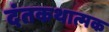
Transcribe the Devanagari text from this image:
दंतकथात्मक